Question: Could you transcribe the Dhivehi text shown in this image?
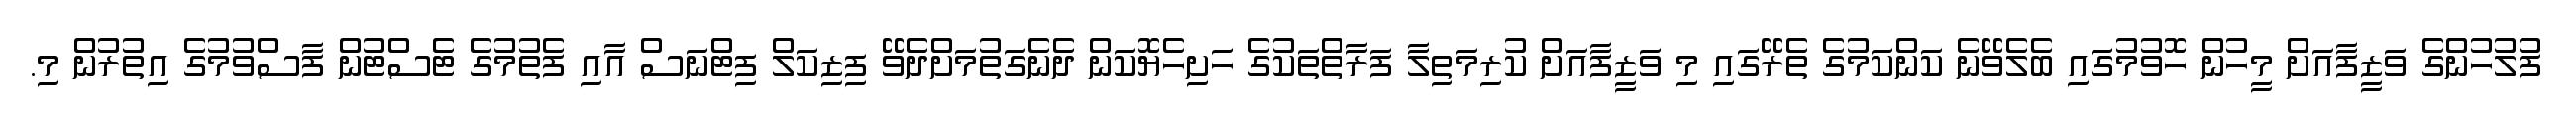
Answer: ފުލުހުންގެ ވަޒީފާއަށް މީހުން ހޮވުމުގައި ބެލެވޭނެ ކަންކަމުގެ ތެރޭގައި މި ވަޒީފާއަށް ކުރިމަތިލާ ފަރާތްތަކުގެ ހަށިހެޔޮކަން ދެނެގަތުމަށްދެވޭ ފިޒިކަލް ފިޓްނަސް އާއި ފެތުމުގެ ޓެސްޓުން ފާސްވުމުގެ އިތުރުން މި.